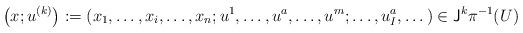
LaTeX: \begin{align*}\left(x;u^{(k)}\right):=(x_1,\dots,x_i,\dots,x_n;u^1,\dots,u^a,\dots,u^m;\dots,u^{a}_I,\dots)\in {\sf J}^k\pi^{-1}(U)\end{align*}